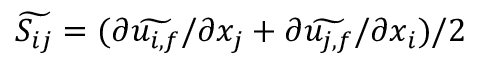
\widetilde { S _ { i j } } = ( \partial \widetilde { u _ { i , f } } / \partial x _ { j } + \partial \widetilde { u _ { j , f } } / \partial x _ { i } ) / 2